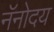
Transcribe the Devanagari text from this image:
नॅनोदय